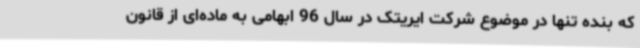
که بنده تنها در موضوع شرکت ایریتک در سال 96 ابهامی به ماده‌ای از قانون